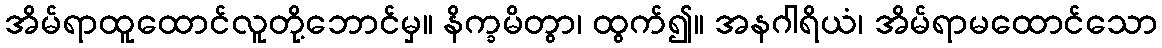
အိမ်ရာထူထောင်လူတို့ဘောင်မှ။ နိက္ခမိတွာ၊ ထွက်၍။ အနဂါရိယံ၊ အိမ်ရာမထောင်သော